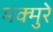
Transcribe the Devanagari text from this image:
मक्मुरे